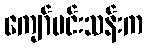
ကျော်မင်းသန်းက